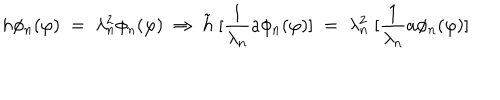
h \phi _ { n } ( \varphi ) \; = \; \lambda _ { n } ^ { 2 } \phi _ { n } ( \varphi ) \; \Rightarrow \; { \tilde { h } } \; [ \frac { 1 } { \lambda _ { n } } a \phi _ { n } ( \varphi ) ] \; = \; \lambda _ { n } ^ { 2 } \; [ \frac { 1 } { \lambda _ { n } } a \phi _ { n } ( \varphi ) ]